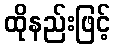
ထိုနည်းဖြင့်